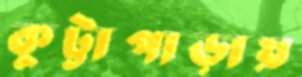
কুট্টাপাড়ায়